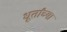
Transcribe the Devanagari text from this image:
धूर्तांच्या